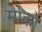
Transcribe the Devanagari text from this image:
मोकों